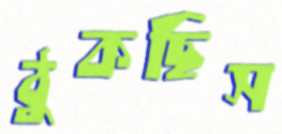
ঠুকছিস